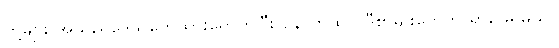
တို့များ အဲသည်ဒေသတွေသွားရောက်ပြီး နောက်ထပ် ဒီစာမျိုးတွေကို ရှာဖွေရမယ်။